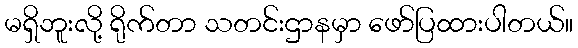
မရှိဘူးလို့ ရိုက်တာ သတင်းဌာနမှာ ဖော်ပြထားပါတယ်။